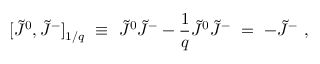
[ \tilde { J } ^ { 0 } , \tilde { J } ^ { - } ] _ { 1 / q } \ \equiv \ \tilde { J } ^ { 0 } \tilde { J } ^ { - } - \frac { 1 } { q } \tilde { J } ^ { 0 } \tilde { J } ^ { - } \ = \ - \tilde { J } ^ { - } \ ,